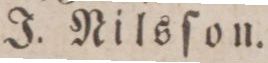
J. Nilsſon